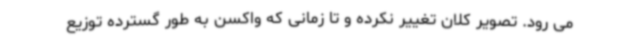
می رود. تصویر کلان تغییر نکرده و تا زمانی که واکسن به طور گسترده توزیع